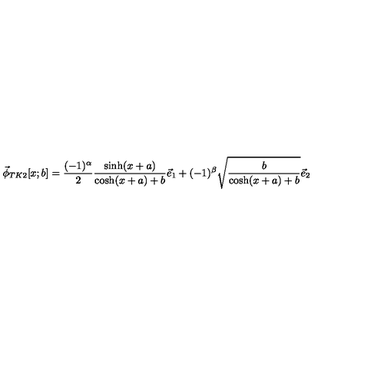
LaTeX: \vec { \phi } _ { T K 2 } [ x ; b ] = \frac { ( - 1 ) ^ { \alpha } } { 2 } \frac { \sinh ( x + a ) } { \cosh ( x + a ) + b } \vec { e } _ { 1 } + ( - 1 ) ^ { \beta } \sqrt { \frac { b } { \cosh ( x + a ) + b } } \vec { e } _ { 2 }